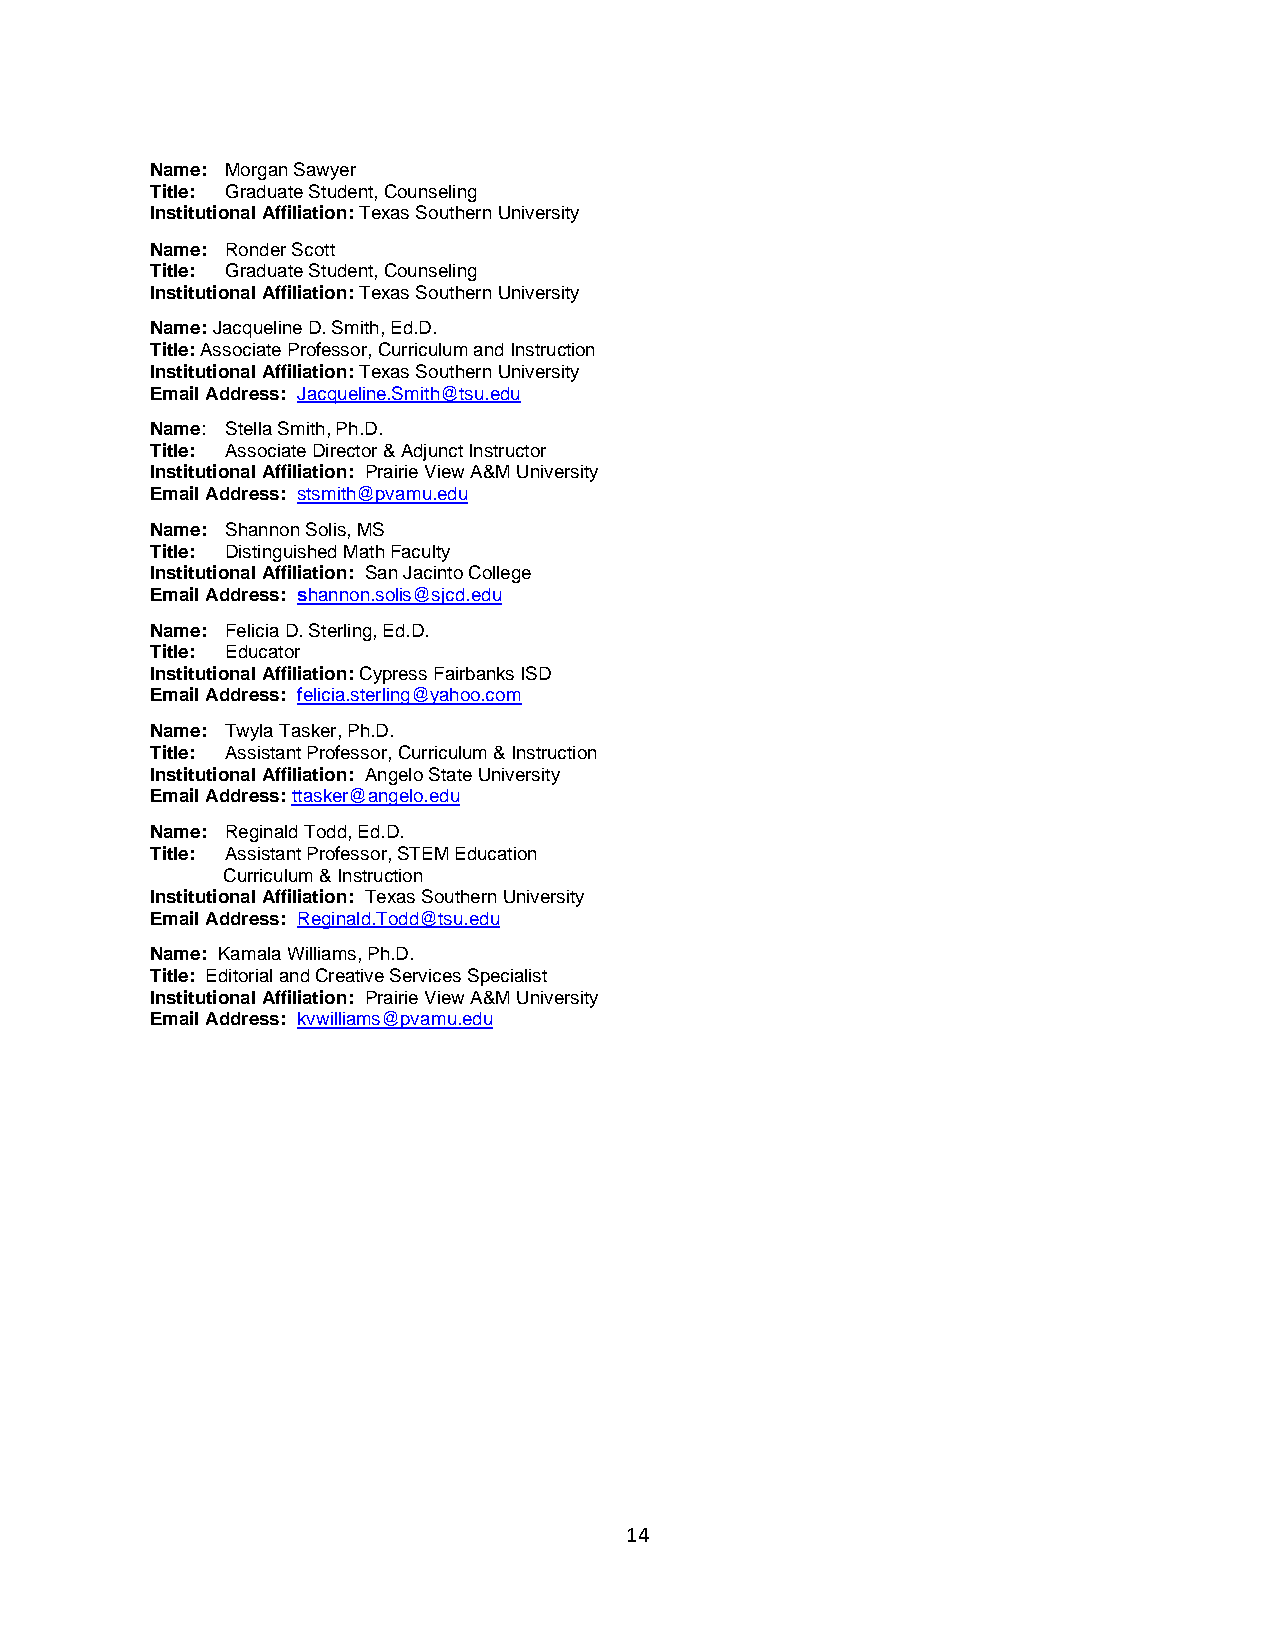
Name: Morgan Sawyer
 Title: Graduate Student, Counseling
 Institutional Affiliation: Texas Southern University
 Name: Ronder Scott
 Title: Graduate Student, Counseling
 Institutional Affiliation: Texas Southern University
 Name: Jacqueline D. Smith, Ed.D.
 Title: Associate Professor, Curriculum and Instruction
 Institutional Affiliation: Texas Southern University
 Email Address: Jacqueline.Smith@tsu.edu
 Name: Stella Smith, Ph.D.
 Title: Associate Director & Adjunct Instructor
 Institutional Affiliation: Prairie View A&M University
 Email Address: stsmith@pvamu.edu
 Name: Shannon Solis, MS
 Title: Distinguished Math Faculty
 Institutional Affiliation: San Jacinto College
 Email Address: shannon.solis@sjcd.edu
 Name: Felicia D. Sterling, Ed.D.
 Title: Educator
 Institutional Affiliation: Cypress Fairbanks ISD
 Email Address: felicia.sterling@yahoo.com
 Name: Twyla Tasker, Ph.D.
 Title: Assistant Professor, Curriculum & Instruction
 Institutional Affiliation: Angelo State University
 Email Address: ttasker@angelo.edu
 Name: Reginald Todd, Ed.D.
 Title: Assistant Professor, STEM Education
 Curriculum & Instruction
 Institutional Affiliation: Texas Southern University
 Email Address: Reginald.Todd@tsu.edu
 Name: Kamala Williams, Ph.D.
 Title: Editorial and Creative Services Specialist
 Institutional Affiliation: Prairie View A&M University
 Email Address: kvwilliams@pvamu.edu
 14